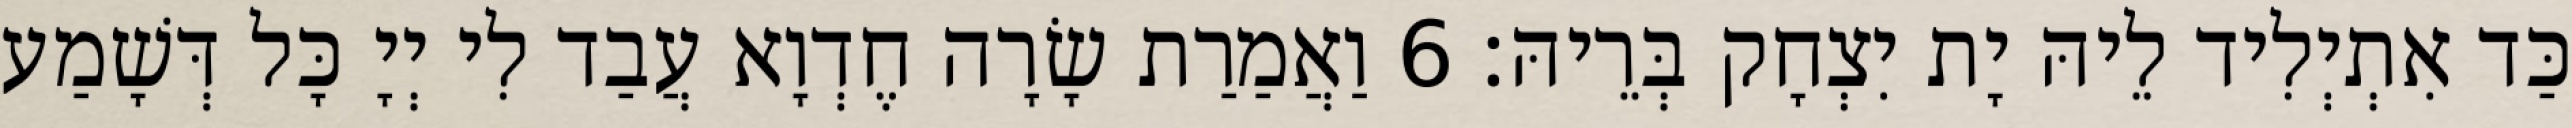
כַּד אִתְיְלִיד לֵיהּ יָת יִצְחָק בְּרֵיהּ׃ 6 וַאֲמַרַת שָׂרָה חֶדְוָא עֲבַד לִי יְיָ כָּל דְּשָׁמַע